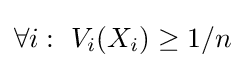
\forall {i}:\ V_{i}(X_{i})\geq 1/n